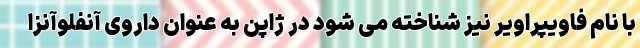
با نام فاویپراویر نیز شناخته می شود در ژاپن به عنوان داروی آنفلوآنزا